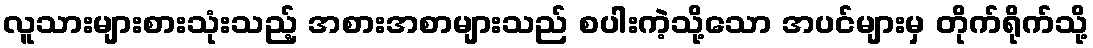
လူသားများစားသုံးသည့် အစားအစာများသည် စပါးကဲ့သို့သော အပင်များမှ တိုက်ရိုက်သို့